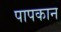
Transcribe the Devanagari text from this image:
पापकान